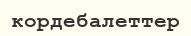
кордебалеттер